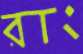
রাং